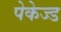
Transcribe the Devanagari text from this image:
पेकेज्ड